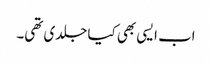
اب ایسی بھی کیا جلدی تھی۔